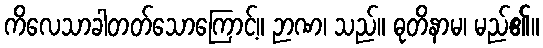
ကိလေသာခါတတ်သောကြောင့်။ ဉာဏ၊ သည်။ ဓုတိနာမ၊ မည်၏။